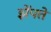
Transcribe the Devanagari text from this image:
झेंपते